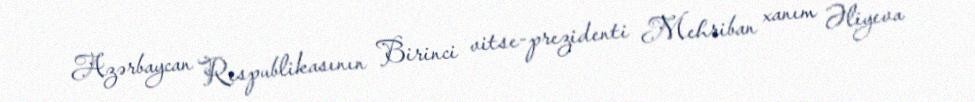
Azərbaycan Respublikasının Birinci vitse-prezidenti Mehriban xanım Əliyeva